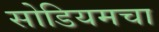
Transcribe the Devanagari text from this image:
सोडियमचा